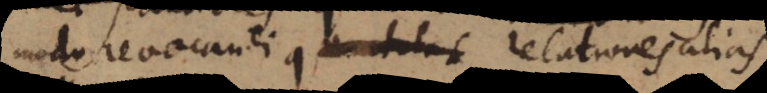
modo revocandi relationes alias